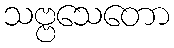
သဗ္ဗသေတော